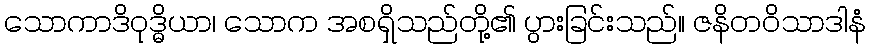
သောကာဒိဝုဒ္ဓိယာ၊ သောက အစရှိသည်တို့၏ ပွားခြင်းသည်။ ဇနိတဝိသာဒါနံ